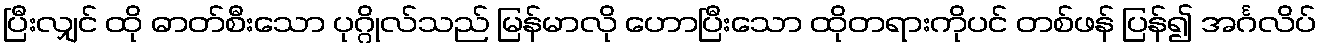
ပြီးလျှင် ထို ဓာတ်စီးသော ပုဂ္ဂိုလ်သည် မြန်မာလို ဟောပြီးသော ထိုတရားကိုပင် တစ်ဖန် ပြန်၍ အင်္ဂလိပ်